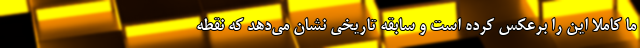
ما کاملا این را برعکس کرده است و سابقه تاریخی نشان می‌دهد که نقطه